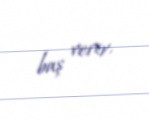
baş verir.